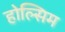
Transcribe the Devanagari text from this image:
होल्सिम